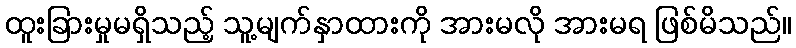
ထူးခြားမှုမရှိသည့် သူ့မျက်နှာထားကို အားမလို အားမရ ဖြစ်မိသည်။